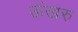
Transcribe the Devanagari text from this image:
ऊंखरु